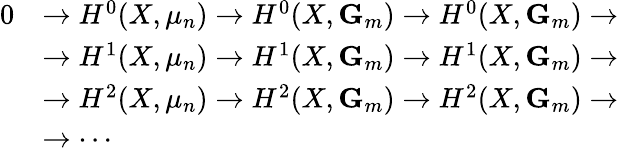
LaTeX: {\begin{array}{rl}{0}&{\to H^{0}(X,\mu_{n})\to H^{0}(X,\mathbf{G}_{m})\to H^{0}(X,\mathbf{G}_{m})\to}\\ &{\to H^{1}(X,\mu_{n})\to H^{1}(X,\mathbf{G}_{m})\to H^{1}(X,\mathbf{G}_{m})\to}\\ &{\to H^{2}(X,\mu_{n})\to H^{2}(X,\mathbf{G}_{m})\to H^{2}(X,\mathbf{G}_{m})\to}\\ &{\to\cdots}\end{array}}